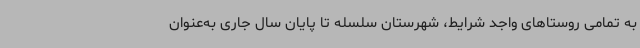
به تمامی روستاهای واجد شرایط، شهرستان سلسله تا پایان سال جاری به‌عنوان